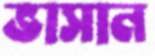
ভাসান